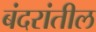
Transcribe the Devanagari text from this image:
बंदरांतील